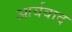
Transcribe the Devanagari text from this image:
आर्यवाद